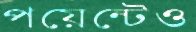
পয়েন্টেও